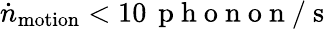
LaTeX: \dot{n}_{\mathrm{motion}}<10\, \mathrm{~p~h~o~n~o~n~}/\mathrm{~s~}